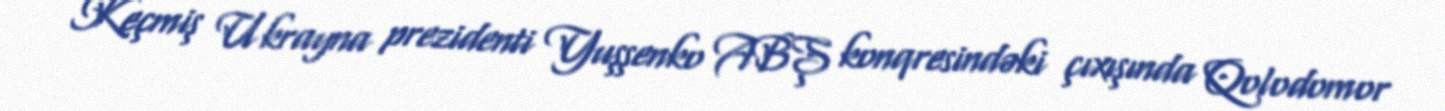
Keçmiş Ukrayna prezidenti Yuşşenko ABŞ konqresindəki çıxışında Qolodomor